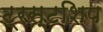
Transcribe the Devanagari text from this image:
ट्रस्टशिप